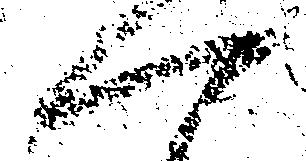
へ